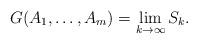
LaTeX: \begin{align*}G(A_1, \ldots, A_m) = \underset{k \rightarrow \infty}{\lim} \,S_k. \end{align*}